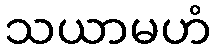
သယာမဟံ